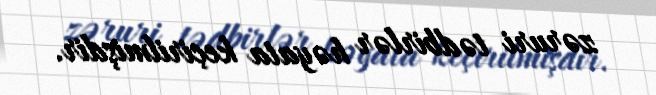
zəruri tədbirlər həyata keçirilmişdir.